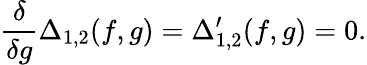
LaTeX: \frac{\delta}{\delta g}\Delta_{1,2}(f,g)=\Delta_{1,2}^{\prime}(f,g)=0.